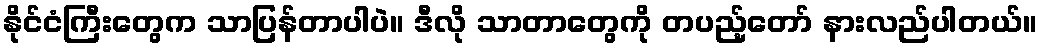
နိုင်ငံကြီးတွေက သာပြန်တာပါပဲ။ ဒီလို သာတာတွေကို တပည့်တော် နားလည်ပါတယ်။